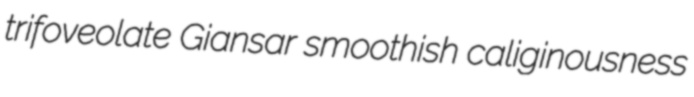
trifoveolate Giansar smoothish caliginousness